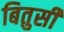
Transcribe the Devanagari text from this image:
बितुसी